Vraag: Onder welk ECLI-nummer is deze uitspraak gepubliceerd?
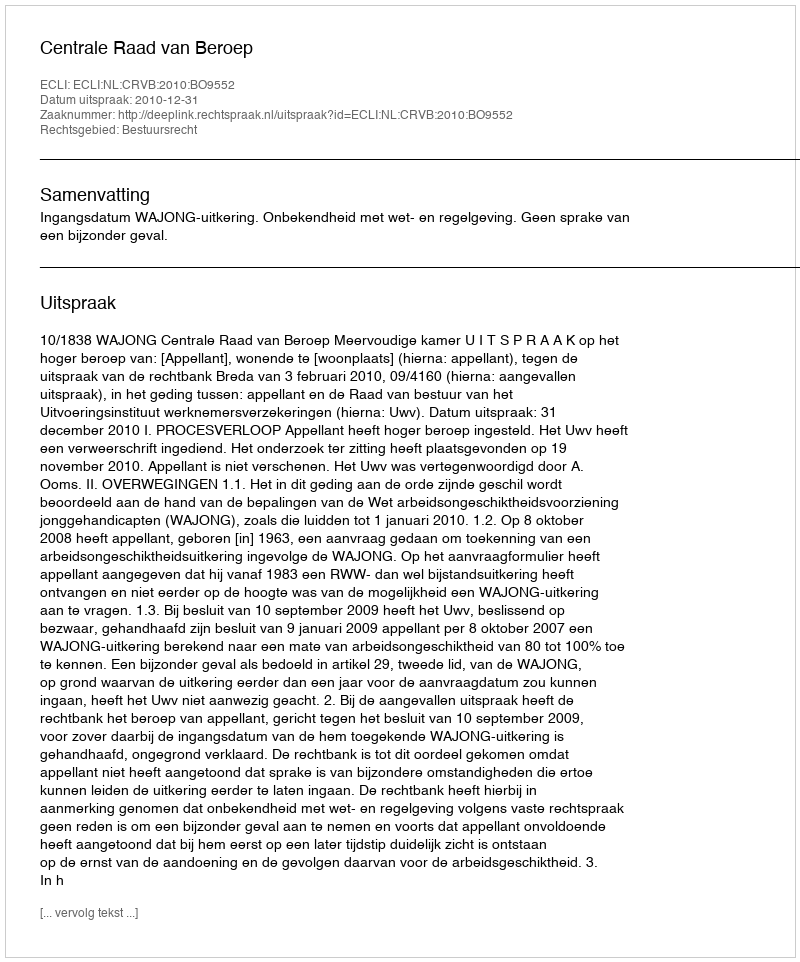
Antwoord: ECLI:NL:CRVB:2010:BO9552